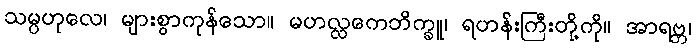
သမ္ပဟုလေ၊ များစွာကုန်သော။ မဟလ္လကေဘိက္ခူ၊ ရဟန်းကြီးတို့ကို။ အာရဗ္ဘ၊